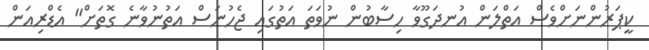
ކީޕަރުންނަށްވެސް އަތްލަން އުނދަގޫވާ ހިސާބުން ނުވަތަ އަތުގައި ޖެހުނަސް އަތުނުވާނެ ގޮތަށް" އެޑްރިއަން